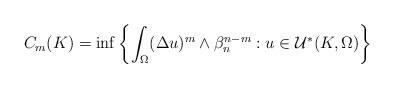
LaTeX: \begin{align*}\begin{aligned}C_m(K)=\inf\left\{\int_{\Omega}(\Delta u)^m\wedge\beta_n^{n-m}: u\in\mathcal{U}^*(K,\Omega)\right\}\end{aligned}\end{align*}